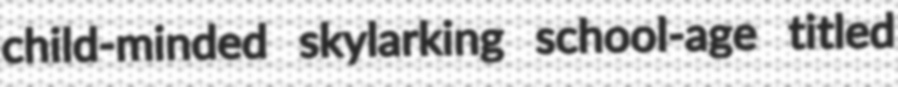
child-minded skylarking school-age titled